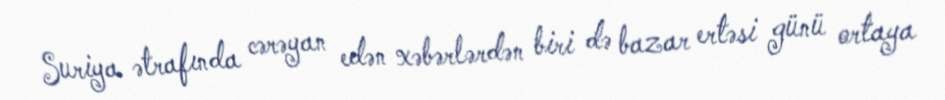
Suriya ətrafında cərəyan edən xəbərlərdən biri də bazar ertəsi günü ortaya